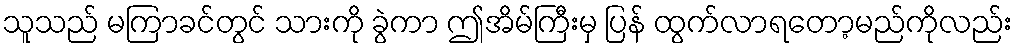
သူသည် မကြာခင်တွင် သားကို ခွဲကာ ဤအိမ်ကြီးမှ ပြန် ထွက်လာရတော့မည်ကိုလည်း